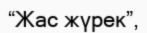
“Жас жүрек”,